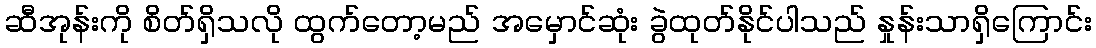
ဆီအုန်းကို စိတ်ရှိသလို ထွက်တော့မည် အမှောင်ဆုံး ခွဲထုတ်နိုင်ပါသည် နှုန်းသာရှိကြောင်း